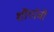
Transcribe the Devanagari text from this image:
शौर्याचीं